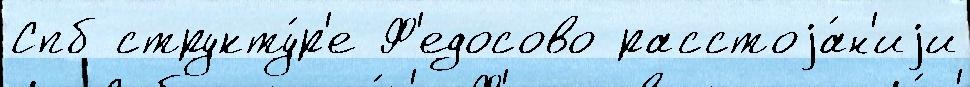
Спб структу́р'е Ф'едосово расстоjа́н'иjи